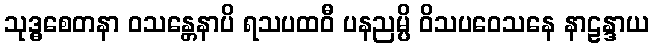
သုဒ္ဓစေတနာ ဝသန္တေနာပိ ရသပထဝီ ပနညမ္ပိ ဝိသပဝေသနေ နာဠန္ဒာယ